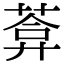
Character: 葊